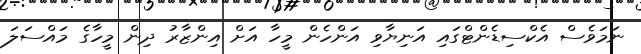
ނަމަވެސް އެކްސިޑެންޓްގައި އަނިޔާވި އަންހެން މީހާ އަށް އިންޒާރު ދިން މީހާގެ މައްސަލަ